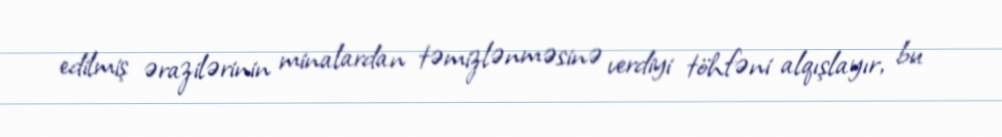
edilmiş ərazilərinin minalardan təmizlənməsinə verdiyi töhfəni alqışlayır, bu